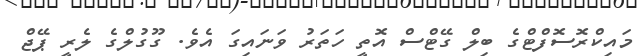
މައިކްރޮސޮފްޓްގެ ބިލް ގޭޓްސް އޮތީ ހަތަރު ވަނައިގަ އެވެ. ގޫގުލްގެ ލެރީ ޕޭޖް